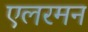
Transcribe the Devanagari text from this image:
एलरमन